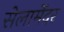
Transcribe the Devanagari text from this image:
सेलामेंदर